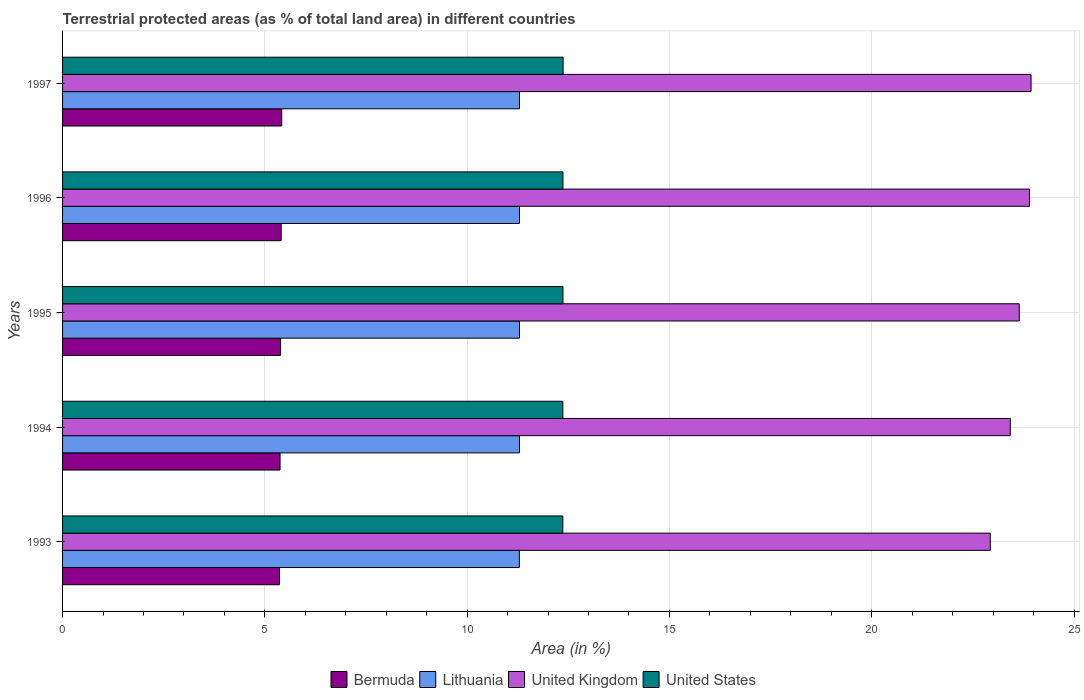
| Years | Bermuda | Lithuania | United Kingdom | United States |
 | --- | --- | --- | --- | --- |
 | 1993 | 5.36 | 11.3 | 22.9 | 12.4 |
 | 1994 | 5.38 | 11.3 | 23.4 | 12.4 |
 | 1995 | 5.39 | 11.3 | 23.6 | 12.4 |
 | 1996 | 5.4 | 11.3 | 23.9 | 12.4 |
 | 1997 | 5.42 | 11.3 | 23.9 | 12.4 |